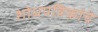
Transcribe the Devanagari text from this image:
शोधपत्रिकांचे